Vaccination report Assam 1896-1927 - 1896-1927
Year: 1896
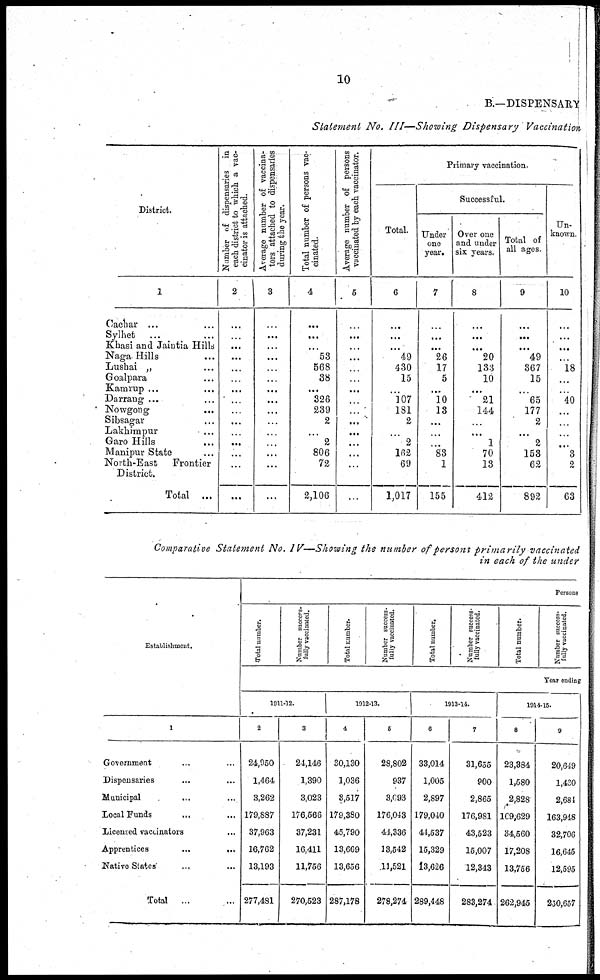
10
B.—DISPENSARY
Statement No. III—Showing Dispensary Vaccination
District.
1
Cachar ... ...
Sylhet
... ...
Khasi and Jaintia Hills
Naga Hills ...
Lushai „ ...
Goalpara ...
Kamrup ... ...
Darrang ... ...
Nowgong ...
Sibsagar ...
Lakhimpur ...
Garo Hills ...
Manipur State
North-East
Frontier
District.
Total ...
Number of dispensaries in
each district to which a vac-
cinator is attached.
2
...
...
...
...
...
...
...
...
...
...
...
...
...
...
...
Average number of vaccina-
tors attached to dispensaries
during the year.
3
...
...
...
...
...
...
...
...
...
...
...
...
...
...
...
Total number of persons vac-
cinated.
4
...
...
...
53
568
38
...
326
239
2
...
2
806
72
2,106
Average number of persons
vaccinated by each vaccinator.
5
...
...
...
...
...
...
...
...
...
...
...
...
...
...
...
Primary vaccination.
Total.
6
...
...
...
49
430
15
...
107
181
2
...
2
162
69
1,017
Successful.
Under
one
year.
7
...
...
...
26
17
5
...
10
13
...
...
...
83
1
155
Over one
and under
six years.
8
...
...
...
20
133
10
...
21
144
...
...
1
70
13
412
Total of
all ages.
9
...
...
...
49
367
15
...
65
177
2
...
2
153
62
892
Un-
known.
10
...
...
...
...
18
...
...
40
...
...
...
...
3
2
63
Comparative Statement No. IV—Showing the number of persons primarily vaccinated
in each of the under
Establishment.
1
Government ... ...
Dispensaries
...
...
Municipal ... ...
Local Funds ... ...
Licensed vaccinators ...
Apprentices
...
...
Native States
... ...
Total ...
Persons
Total number.
Number success¬
fully vaccinated.
Total number.
Number success-
fully vaccinated.
Total number.
Number success-
fully vaccinated.
Total number.
Number success¬
fully vaccinated.
Year ending
1911-12.
2
24,050
1,464
3,262
179,887
37,963
16,762
13,193
277,481
3
24,146
1,390
3,023
176,566
37,231
16,411
11,766
270,523
1912-13.
4
30,130
1,036
3,517
179,380
45,790
13,669
13,656
287,178
5
28,802
937
3,093
176,043
41,336
13,542
11,521
278,274
1913-14.
6
33,014
1,005
2,897
179,040
44,537
15,329
13,626
289,448
7
31,655
900
2,865
176,981
43,523
15,007
12,343
283,274
1914-15.
8
23,384
1,580
2,828
169,629
34,560
17,208
13,756
262,945
9
20,649
1,430
2,684
163,948
32,706
16,645
12,595
250,657